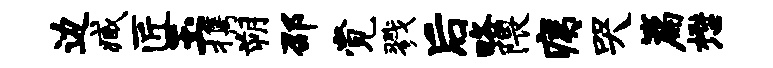
边臧匠玉携朔邵觉戮后略隈痍哭篇懋